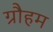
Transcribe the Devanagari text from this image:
ग्रौहम